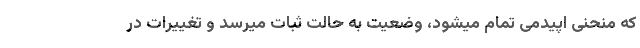
که منحنی اپیدمی تمام میشود، وضعیت به حالت ثبات میرسد و تغییرات در